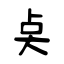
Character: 奌